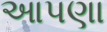
આપણા